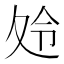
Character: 𱘣